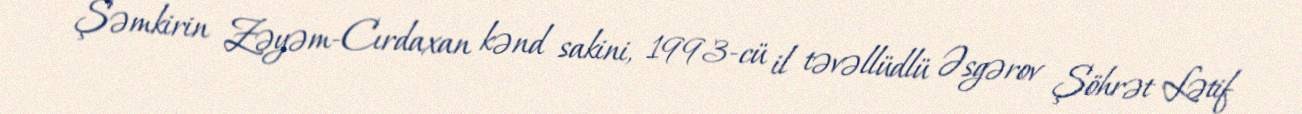
Şəmkirin Zəyəm-Cırdaxan kənd sakini, 1993-cü il təvəllüdlü Əsgərov Şöhrət Lətif